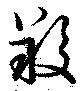
羖